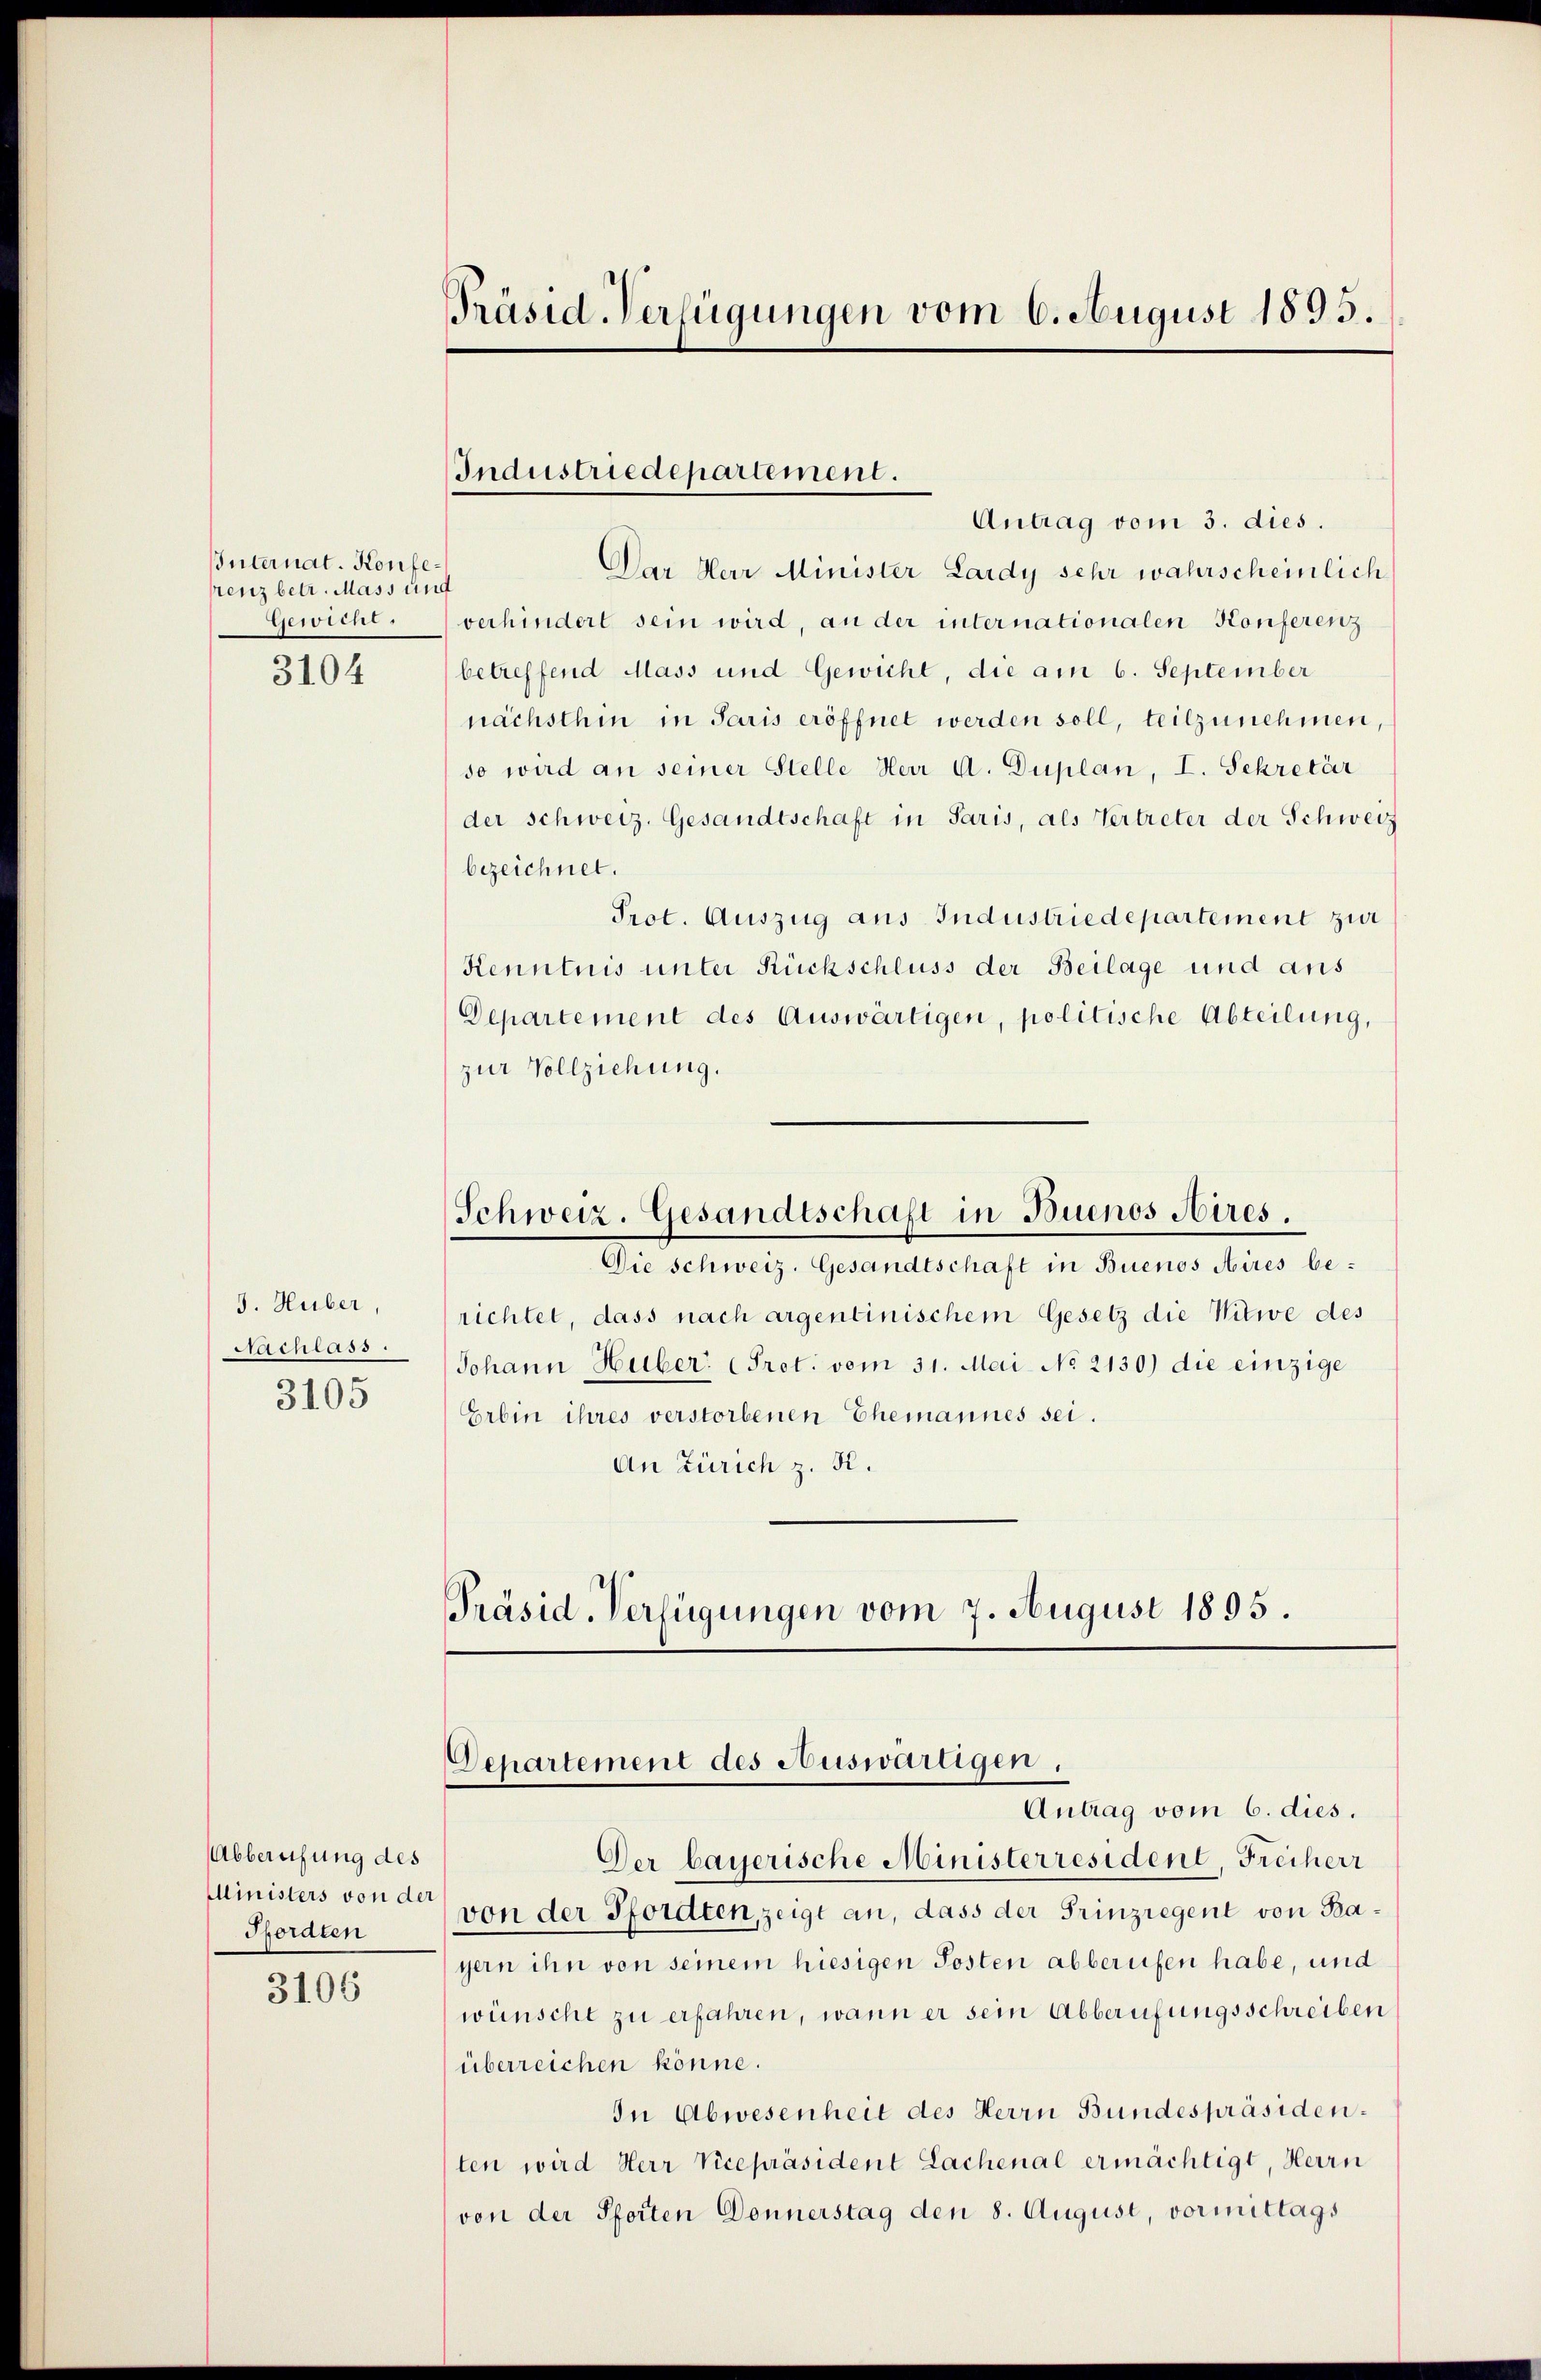
Internat. Konferenz betr. Mass und
Gewicht.

3104

J. Huber,
Saintass
3105

Abberufung des
Hordten

3106

Präsid-Verfügungen vom 6. August 1895.

Industriedepartement.

Antrag vom 3. dies.
Dar Herr Minister Lardy sehr wahrscheinlich
verhindert sein wird, an der internationalen Konferenz
betreffend Mass und Gewicht, die am 6. September
nächsthin in Paris eröffnet werden soll, teilzunehmen,
so wird an seiner Stelle Herr U. Duplan, I. Sekretär
der Schweiz. Gesandtschaft in Paris, als Vertreter der Schweiz
bezeichnet.
Prot. Auszug aus Industriedepartement zur
Kenntnis unter Rückschluss der Beilage und aus
Departement des Auswärtigen, politische Abteilung,
zur Vollziehung.
Schweiz. Gesandtschaft in Buenos Aires.
Die schweiz. Gesandtschaft in Buenos Aires berichtet, dass nach argentinischem Gesetz die Nitwe des
Johann Huber, (Pret. vom 31. Mai No 2130) die einzige
Erbin ihres verstorbenen Ehemannes sei.
An Zürich z. R.
Präsid. Verfügungen vom 7. August 1895.

Departement des Auswärtigen.
Antrag vom 6. dies.

Der bayerische Ministerresident, Freiherr
Ministers von der von der Pforden, zeigt an, dass der Prinziegent von Bayern ihn von seinem hiesigen Posten abberufen habe, und
wünscht zu erfahren, wann er sein Abberufungsschreiben
überreichen könne.
In Abwesenheit des Herrn Bundespräsidenten wird Herr Vicepräsident Lachenal ermächtigt, Herrn
von der Pforten Donnerstag den 8. August, vormittags